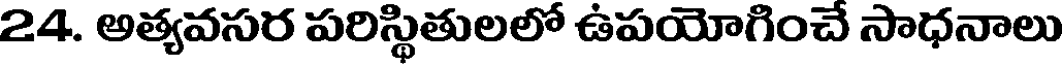
24. అత్యవసర పరిస్థితులలో ఉపయోగించే సాధనాలు